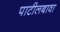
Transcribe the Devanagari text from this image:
पाटीलबावा